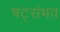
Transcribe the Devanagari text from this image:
षट्संभव